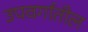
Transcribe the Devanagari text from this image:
उपवर्गातील